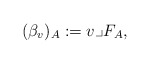
\begin{gather*}(\beta_{v})_{A}:= v \lrcorner F_{A},\end{gather*}